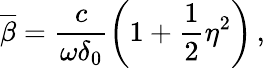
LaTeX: \overline{{\beta}}=\frac{c}{\omega\delta_{0}}\left(1+\frac{1}{2}\eta^{2}\right)\, ,